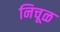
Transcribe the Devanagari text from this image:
निचूळ